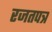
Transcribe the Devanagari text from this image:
रजतपत्र